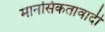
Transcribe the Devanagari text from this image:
मानसिकतावादी